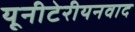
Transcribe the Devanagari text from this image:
यूनीटेरीयनवाद